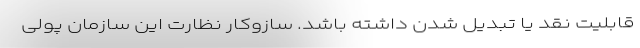
قابلیت نقد یا تبدیل شدن داشته باشد. سازوکار نظارت این سازمان پولی